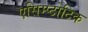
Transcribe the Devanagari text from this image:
एसिम्प्टोटिक